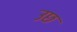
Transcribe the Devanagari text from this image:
उछ